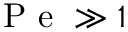
\mathrm { ~ P ~ e ~ } \gg 1